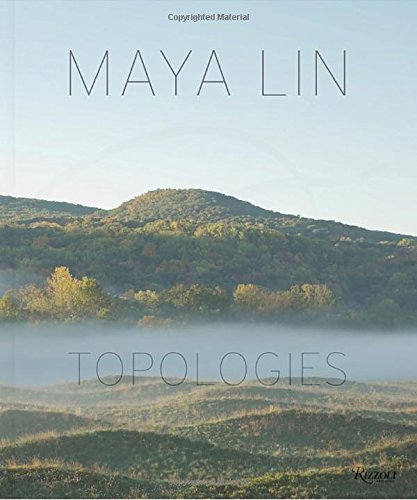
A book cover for Maya Lin: Topologies; Maya Lin; Arts & Photography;